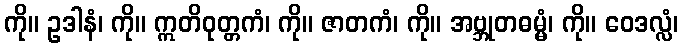
ကို။ ဥဒါနံ၊ ကို။ ဣတိဝုတ္တကံ၊ ကို။ ဇာတကံ၊ ကို။ အဗ္ဘုတဓမ္မံ၊ ကို။ ဝေဒလ္လံ၊